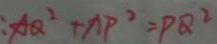
: A Q ^ { 2 } + A P ^ { 2 } = P Q ^ { 2 }